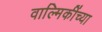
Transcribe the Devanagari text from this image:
वाल्मिकींच्या